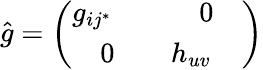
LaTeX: \hat{g}=\left(\begin{array}{ll}{{g_{ij^{*}}}}&{{\quad 0\quad}}\\ {{\quad 0\quad}}&{{h_{uv}}}\end{array}\right)